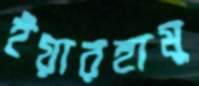
ইয়ারহামু